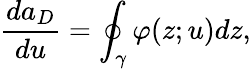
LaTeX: \frac{da_{D}}{du}=\oint_{\gamma}\varphi(z;u)dz,